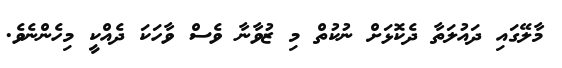
މާލޭގައި ދައުލަތާ ދެކޮޅަށް ނުކުތް މި ޒުވާނާ ވެސް ވާހަކަ ދެއްކީ މިހެންނެވެ.